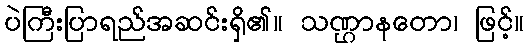
ပဲကြီးပြာရည်အဆင်းရှိ၏။ သဏ္ဌာနတော၊ ဖြင့်။